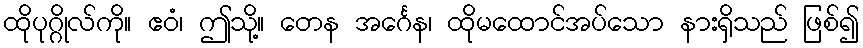
ထိုပုဂ္ဂိုလ်ကို။ ဧဝံ၊ ဤသို့။ တေန အင်္ဂေန၊ ထိုမထောင်အပ်သော နားရှိသည် ဖြစ်၍